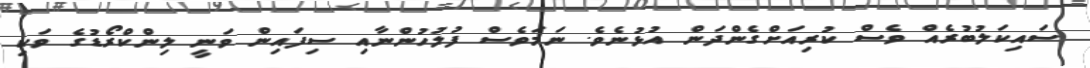
ސައިކަލުބުރެއް ވެސް ކުރިއަށްގެންދަން އުޅުނެވެ. ނަމަވެސް ފުލުހުންނާއި ސިފައިން ވަނީ ލިންކްރޯޑުގެ ވަކި